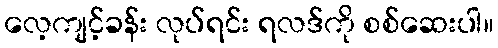
လေ့ကျင့်ခန်း လုပ်ရင်း ရလဒ်ကို စစ်ဆေးပါ။